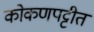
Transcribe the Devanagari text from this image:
कोकणपट्टीत